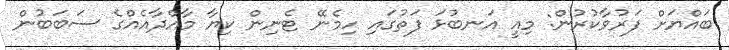
ބައްޔަށް ފަރުވާކުރުން: މިއީ އަނބުޅަ ފަތުގައި ހިމެނޭ ޓެނިން ކިޔާ މާއްދާއެއްގެ ސަބަބުން